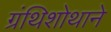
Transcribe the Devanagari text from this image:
ग्रंथिशोथाने